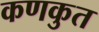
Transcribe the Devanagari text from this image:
कणकुत